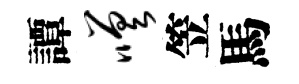
譚嗟笠馬